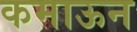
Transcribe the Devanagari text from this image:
कमाऊन